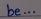
be ...